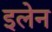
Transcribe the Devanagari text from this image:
इलेन